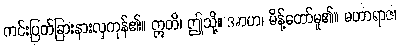
ကင်းပြတ်ခြားနားလှကုန်၏။ ဣတိ၊ ဤသို့။ အာဟ၊ မိန့်တော်မူ၏။ မဟာရာဇ၊